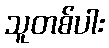
သူတစ်ပါး